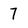
Character: 7